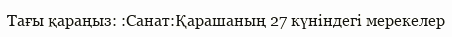
Тағы қараңыз: :Санат:Қарашаның 27 күніндегі мерекелер